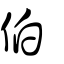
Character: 伯